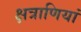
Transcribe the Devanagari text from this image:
क्षत्राणियां